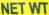
NET WT